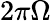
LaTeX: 2\pi\Omega